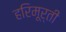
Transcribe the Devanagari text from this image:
हरिमूर्ती